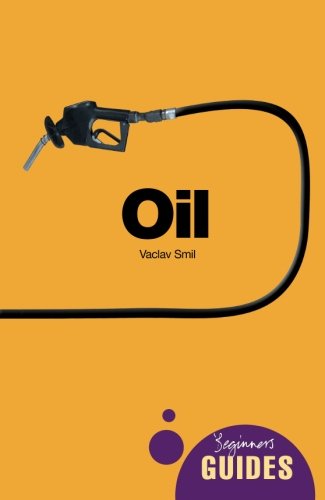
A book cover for Oil: A Beginner's Guide (Beginner's Guides); Vaclav Smil; Business & Money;